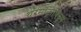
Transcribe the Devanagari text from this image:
थरमॉट्रोपिज्म